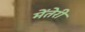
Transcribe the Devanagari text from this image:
मेंतेरी